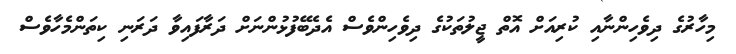
މިހާރުގެ ދިވެހިންނާއި ކުރިއަށް އޮތް ޖީލުތަކުގެ ދިވެހިންވެސް އެދެބޭފުޅުންނަށް ދަރާފައިވާ ދަރަނި ކިތަންމެހާވެސް